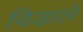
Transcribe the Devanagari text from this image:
विडाले